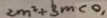
2 m ^ { 2 } + 3 m < 0 ,